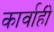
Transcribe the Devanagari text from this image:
कार्वाही